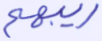
ريبهم